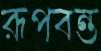
রূপবন্ত